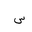
Letter: _sin